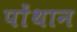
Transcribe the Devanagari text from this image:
पोंथान